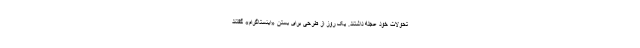
تحولات خود عجله داشتند. یک روز از طرحی برای بستن «اینستاگرام» گفتند